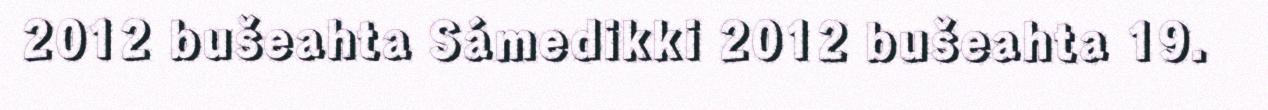
2012 bušeahta Sámedikki 2012 bušeahta 19.